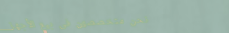
نحن متخصصون في بيع الأجهز